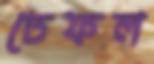
ঢেফল